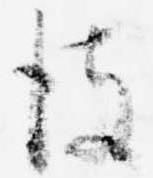
彼